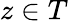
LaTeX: z\in T